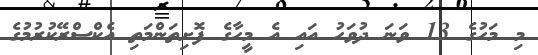
މި މަހުގެ 13 ވަނަ ދުވަހުު އައި އެ މީހާގެ ފޮށިތަންމަތި އެކްސްރޭކުރުމުގެ